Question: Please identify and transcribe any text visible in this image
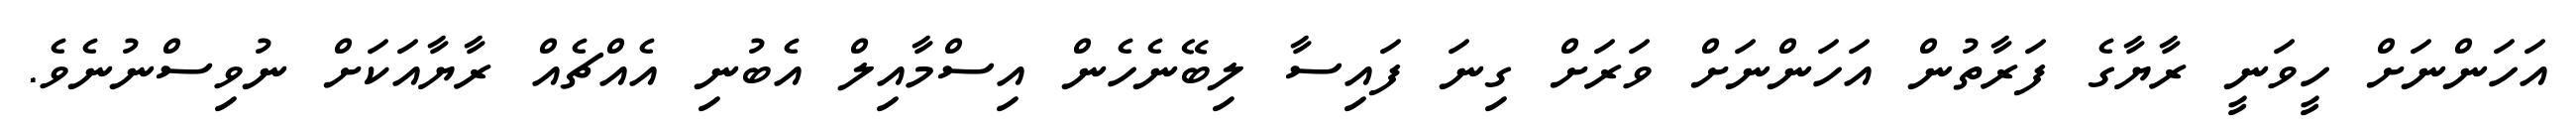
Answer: އަހަންނަށް ހީވަނީ ރާޔާގެ ފަރާތުން އަހަންނަށް ވަރަށް ގިނަ ފައިސާ ލިބޭނެހެން އިސްމާއިލް އެބުނި އެއްޗެއް ރާޔާއަކަށް ނުވިސްނުނެވެ.